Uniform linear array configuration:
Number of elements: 32
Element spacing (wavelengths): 0.75
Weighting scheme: cosine
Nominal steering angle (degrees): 15
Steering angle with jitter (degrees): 13.697
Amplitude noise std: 0.05
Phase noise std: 0.05

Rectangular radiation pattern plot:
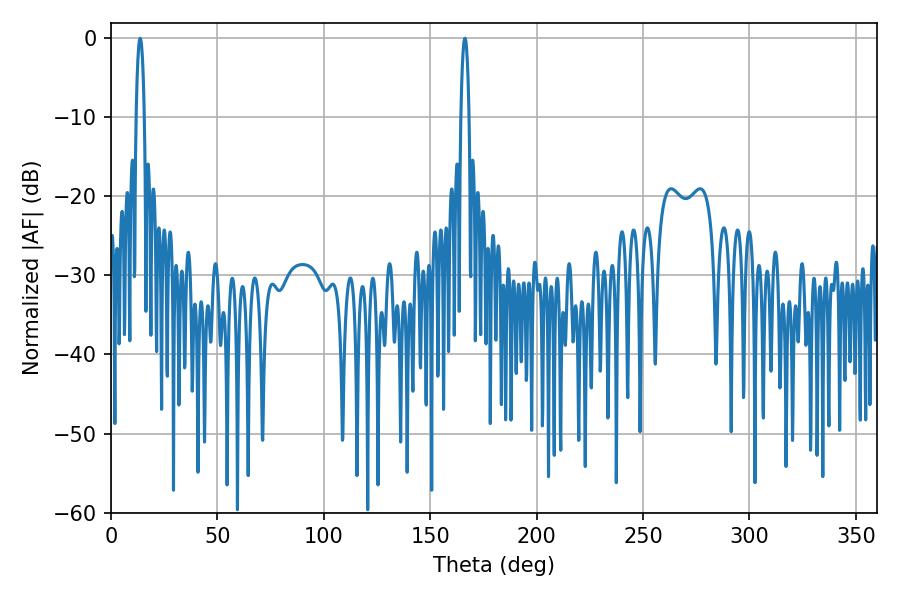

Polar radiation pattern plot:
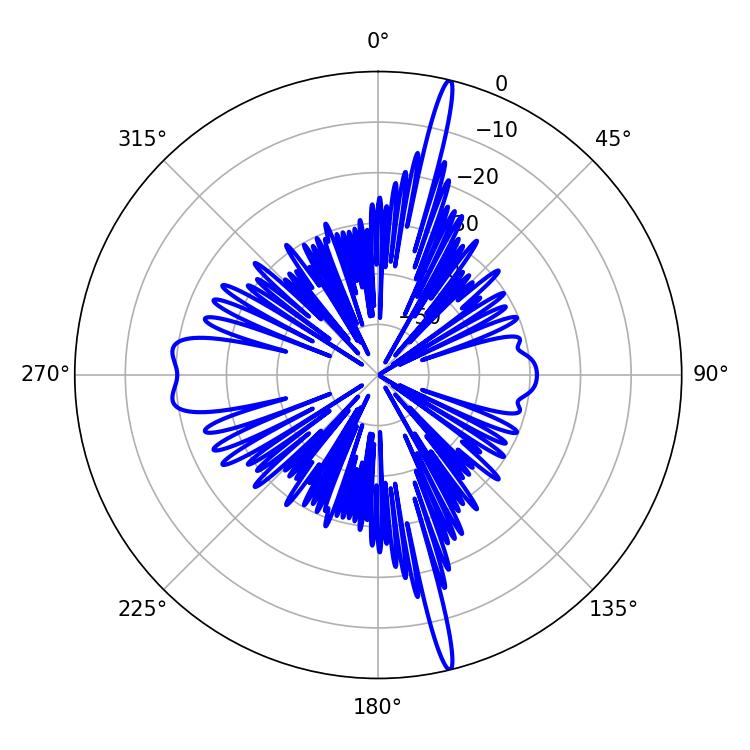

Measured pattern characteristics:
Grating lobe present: TRUE
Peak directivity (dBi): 21.096
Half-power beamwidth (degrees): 2.16
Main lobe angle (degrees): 13.68